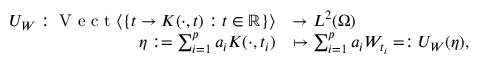
\begin{array} { r l } { U _ { W } : \textrm { V e c t } \langle \{ t \rightarrow K ( \cdot , t ) : t \in \mathbb { R } \} \rangle } & { \rightarrow L ^ { 2 } ( \Omega ) } \\ { \eta : = \sum _ { i = 1 } ^ { p } a _ { i } K ( \cdot , t _ { i } ) } & { \mapsto \sum _ { i = 1 } ^ { p } a _ { i } W _ { t _ { i } } = : U _ { W } ( \eta ) , } \end{array}